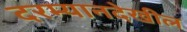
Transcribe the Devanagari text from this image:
दरम्यानदेखील